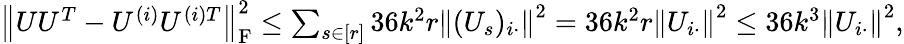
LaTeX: \begin{array}{r}{\left\| {UU^{T}-U^{(i)}U^{(i)T}}\right\| _{\mathrm{F}}^{2}\leq\sum_{s\in[r]}36k^{2}r\left\| {(U_{s})_{i\cdot}}\right\| ^{2}=36k^{2}r\left\| {U_{i\cdot}}\right\| ^{2}\leq 36k^{3}\left\| {U_{i\cdot}}\right\| ^{2},}\end{array}